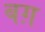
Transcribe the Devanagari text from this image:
बग़